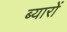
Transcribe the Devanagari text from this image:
ब्यारों